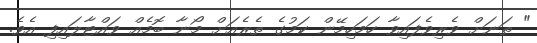
" ތަނަށް ވެރިވެފައިވާ ހަމަހިމޭން ކަމުގެ ތެރެއަށް މޯނާ ބޮމެއް ވައްޓާލައިފި އެވެ.